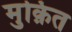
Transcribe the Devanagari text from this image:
मुक़ित